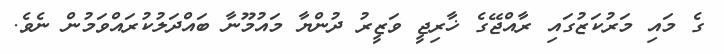
ގެ މައި މަރުކަޒުގައި ރާއްޖޭގެ ޚާރިޖީ ވަޒީރު ދުންޔާ މައުމޫނާ ބައްދަލުކުރައްވަމުން ނެވެ.